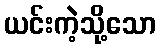
ယင်းကဲ့သို့သော